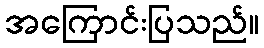
အကြောင်းပြသည်။